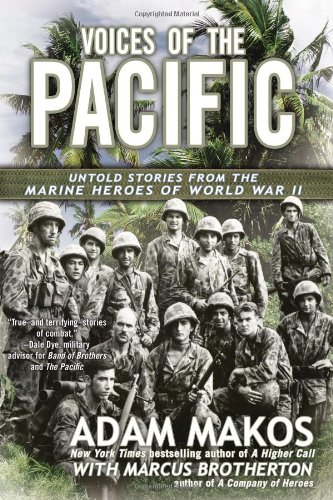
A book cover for Voices of the Pacific: Untold Stories from the Marine Heroes of World War II; Adam Makos; Biographies & Memoirs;